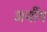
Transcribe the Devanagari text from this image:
अर्थीय